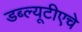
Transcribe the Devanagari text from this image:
डब्ल्यूटीएचे